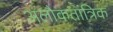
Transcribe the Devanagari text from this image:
अलौकतांत्रिक